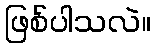
ဖြစ်ပါသလဲ။